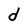
Character: d